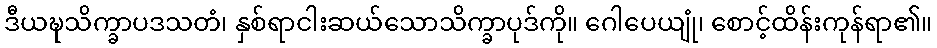
ဒီယဍ္ဎသိက္ခာပဒသတံ၊ နှစ်ရာငါးဆယ်သောသိက္ခာပုဒ်ကို။ ဂေါပေယျုံ၊ စောင့်ထိန်းကုန်ရာ၏။